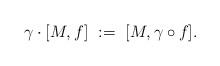
LaTeX: \begin{align*}\gamma \cdot [M,f] ~:=~ [M,\gamma\circ f].\end{align*}